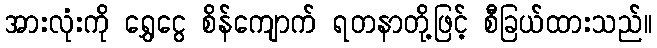
အားလုံးကို ရွှေငွေ စိန်ကျောက် ရတနာတို့ဖြင့် စီခြယ်ထားသည်။